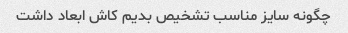
چگونه سایز مناسب تشخیص بدیم کاش ابعاد داشت